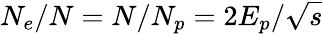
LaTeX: N_{e}/N=N/N_{p}=2E_{p}/\sqrt{s}